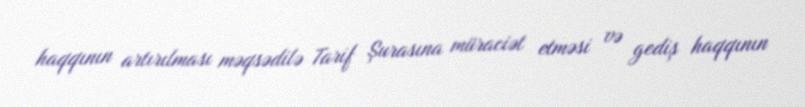
haqqının artırılması məqsədilə Tarif Şurasına müraciət etməsi və gediş haqqının